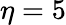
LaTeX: \eta=5